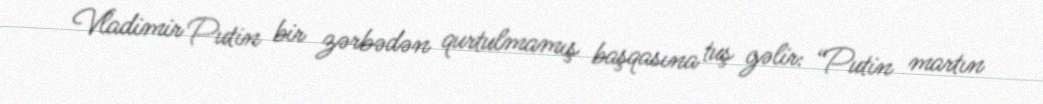
Vladimir Putin bir zərbədən qurtulmamış başqasına tuş gəlir: “Putin martın